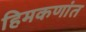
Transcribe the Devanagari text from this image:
हिमकणांत